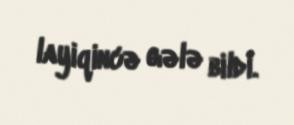
layiqincə gələ bildi.